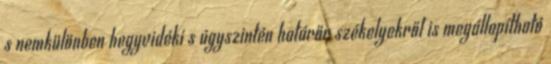
s nemkülönben hegyvidéki s úgyszintén határőr székelyekről is megállapítható